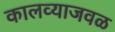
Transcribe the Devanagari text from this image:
कालव्याजवळ